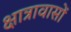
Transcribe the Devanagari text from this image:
क्षात्रावासों